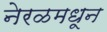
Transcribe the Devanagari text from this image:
नेरळमधून